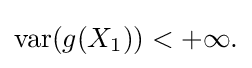
{\textstyle \operatorname {var} (g(X_{1}))<+\infty .}